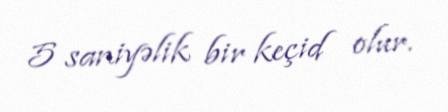
5 saniyəlik bir keçid olur.